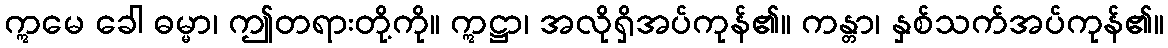
ဣမေ ခေါ ဓမ္မာ၊ ဤတရားတို့ကို။ ဣဋ္ဌာ၊ အလိုရှိအပ်ကုန်၏။ ကန္တာ၊ နှစ်သက်အပ်ကုန်၏။